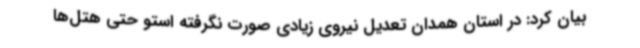
بیان کرد: در استان همدان تعدیل نیروی زیادی صورت نگرفته استو حتی هتل‌ها